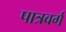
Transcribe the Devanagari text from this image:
पात्रवर्ग